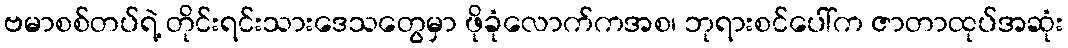
ဗမာစစ်တပ်ရဲ့ တိုင်းရင်းသားဒေသတွေမှာ ဖိုခုံလောက်ကအစ၊ ဘုရားစင်ပေါ်က ဇာတာထုပ်အဆုံး